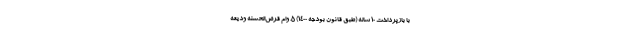
با بازپرداخت ۱۰ ساله (طبق قانون بودجه ۱۴۰۰) ۵‌. وام قرض‌الحسنه ودیعه